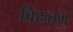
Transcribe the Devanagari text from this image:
विरुतम